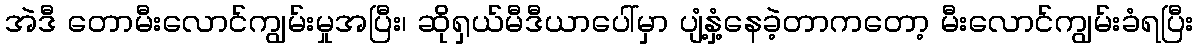
အဲဒီ တောမီးလောင်ကျွမ်းမှုအပြီး၊ ဆိုရှယ်မီဒီယာပေါ်မှာ ပျံ့နှံ့နေခဲ့တာကတော့ မီးလောင်ကျွမ်းခံရပြီး